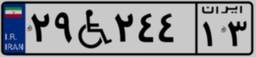
۲۹W۲۴۴۱۳